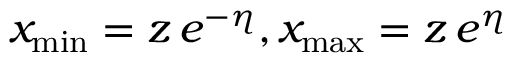
x _ { \mathrm { m i n } } = z \, e ^ { - \eta } , x _ { \mathrm { m a x } } = z \, e ^ { \eta }